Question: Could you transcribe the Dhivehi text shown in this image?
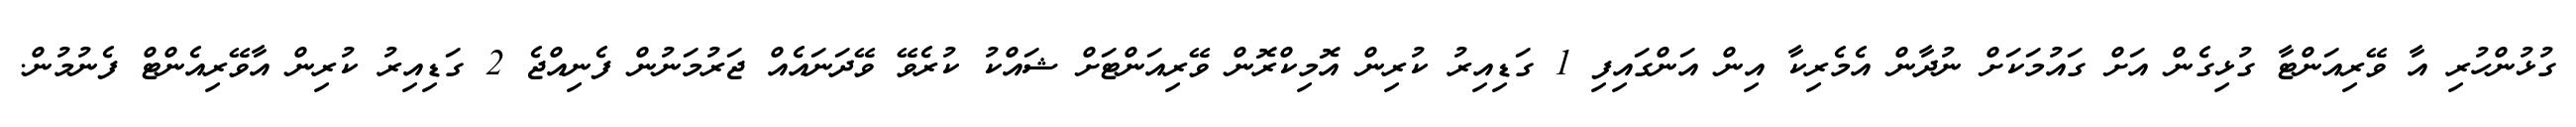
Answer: ގުޅުންހުރި އާ ވޭރިއަންޓާ ގުޅިގެން އަށް ގައުމަކަށް ނުދާން އެމެރިކާ އިން އަންގައިފި 1 ގަޑިއިރު ކުރިން އޮމިކްރޮން ވޭރިއަންޓަށް ޝައްކު ކުރެވޭ ވޭދަނައެއް ޖަރުމަނުން ފެނިއްޖެ 2 ގަޑިއިރު ކުރިން އާވޭރިއެންޓް ފެނުމުން.